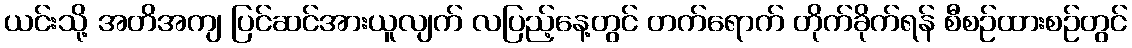
ယင်းသို့ အတိအကျ ပြင်ဆင်အားယူလျက် လပြည့်နေ့တွင် တက်ရောက် တိုက်ခိုက်ရန် စီစဉ်ထားစဉ်တွင်